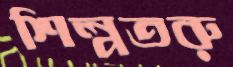
শিল্পতরু